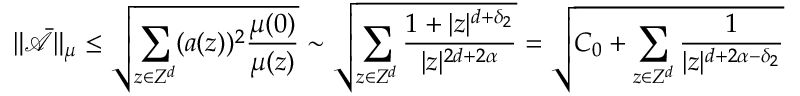
\| \bar { \mathcal { A } } \| _ { \mu } \leq \sqrt { \sum _ { z \in Z ^ { d } } ( a ( z ) ) ^ { 2 } \frac { \mu ( 0 ) } { \mu ( z ) } } \sim \sqrt { \sum _ { z \in Z ^ { d } } \frac { 1 + | z | ^ { d + \delta _ { 2 } } } { | z | ^ { 2 d + 2 \alpha } } } = \sqrt { C _ { 0 } + \sum _ { z \in Z ^ { d } } \frac { 1 } { | z | ^ { d + 2 \alpha - \delta _ { 2 } } } }